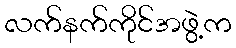
လက်နက်ကိုင်အဖွဲ့က